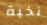
نخبة